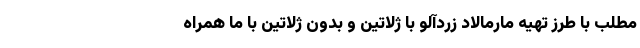
مطلب با طرز تهیه مارمالاد زردآلو با ژلاتین و بدون ژلاتین با ما همراه